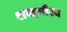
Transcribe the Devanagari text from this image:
शब्दगौरव